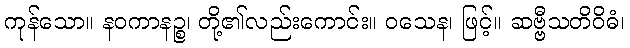
ကုန်သော။ နဝကာနဉ္စ၊ တို့၏လည်းကောင်း။ ဝသေန၊ ဖြင့်။ ဆဗ္ဗီသတိဝိဓံ၊